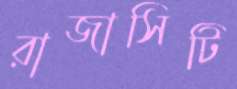
রাজাসিটি